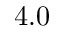
4 . 0